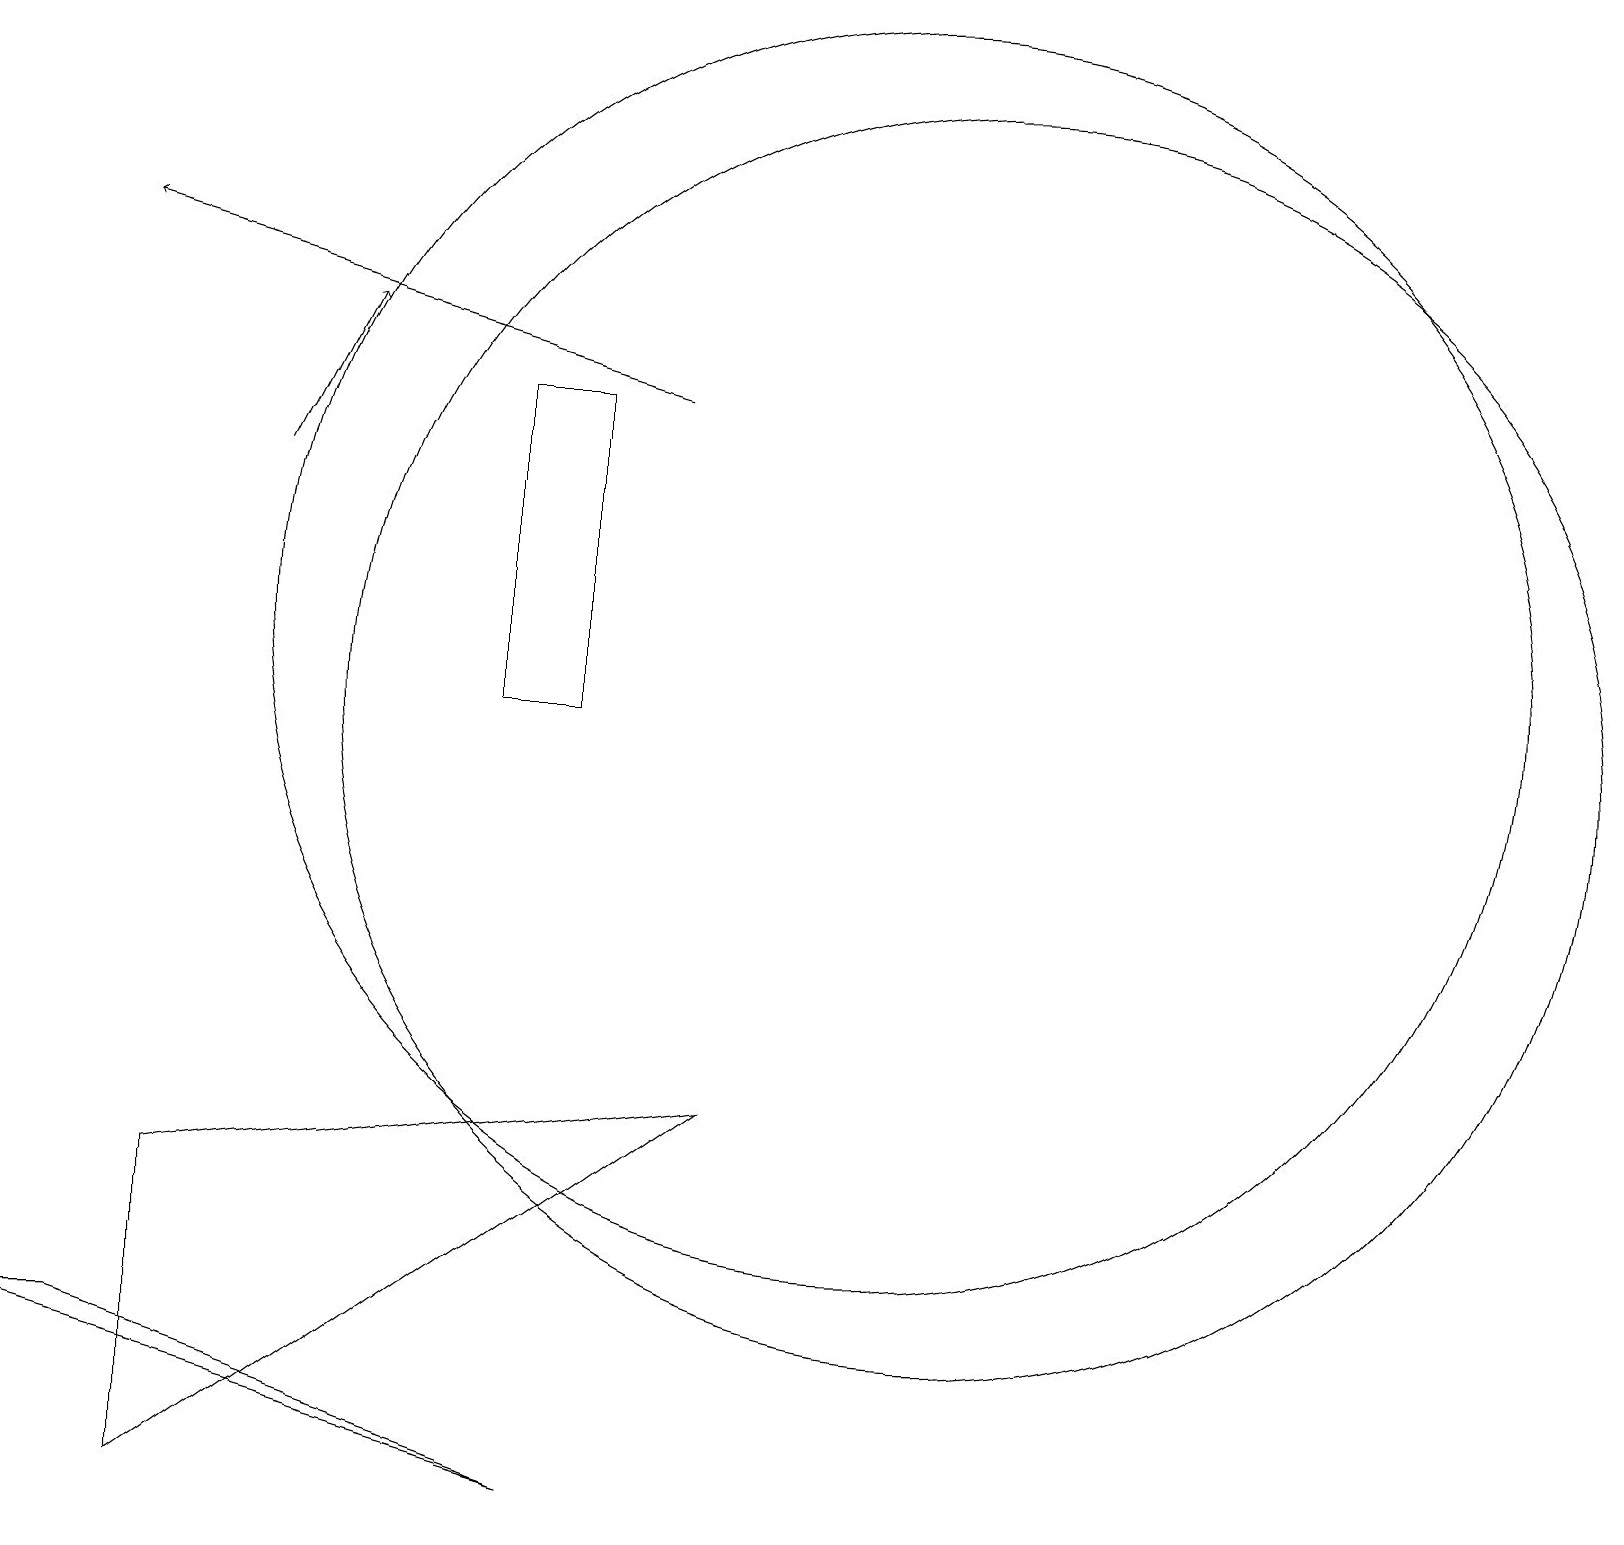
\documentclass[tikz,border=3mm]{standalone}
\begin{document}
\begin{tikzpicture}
\draw (11,12) circle (8);
\draw[->] (3,14) -- (4,16);
\draw (1,3) -- (0,3) -- (7,1) -- cycle;
\draw (2,5) -- (2,1) -- (9,6) -- cycle;
\draw (7,11) rectangle (6,15);
\draw (12,11) circle (8);
\draw[->] (8,15) -- (1,17);
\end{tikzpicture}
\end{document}